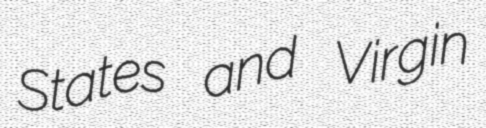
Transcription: States and Virgin